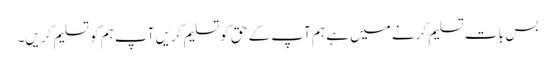
بس بات تسلیم کرنے میں ہے ہم آپ کے حق کو تسلیم کریں آپ ہم کو تسلیم کریں۔